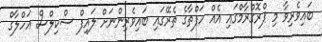
ބައިވެރިވާ މި ޕްރޮގްރާމްގައި އެއް ހަފްތާގެ ތެރޭގައި ބައިވެރިންނަށް ލައިފް ސްކިލްސް އަހްލާގް